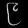
Digit: ၉